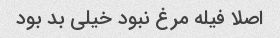
اصلا فیله مرغ نبود خیلى بد بود